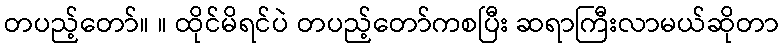
တပည့်တော်။ ။ ထိုင်မိရင်ပဲ တပည့်တော်ကစပြီး ဆရာကြီးလာမယ်ဆိုတာ